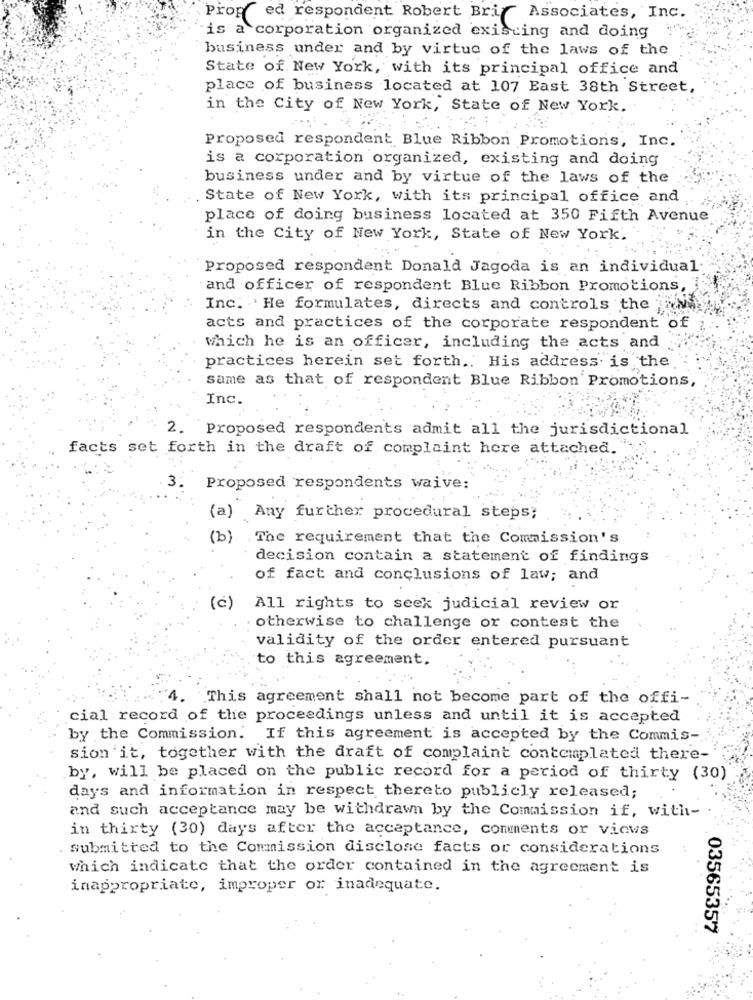
Proped respondent Robert Brig Associates, Inc.
is a corporation organized existing and doing
business under and by virtue of the laws of the
State of New York, with its principal office and
place of business located at 107 East 38th Street,
in the City of New York, State of New York.
Proposed respondent Blue Ribbon Promotions, Inc.
is a corporation organized, existing and doing
business under and by virtue of the laws of the
State of New York, with its principal office and
place of doing business located at 350 Fifth Avenue
in the City of New York, State of New York.
Proposed respondent Donald Jagoda is an individual
and officer of respondent Blue Ribbon Promotions,
Inc. He formulates, directs and controls the jawh
acts and practices of the corporate respondent of ;.
which he is an officer, including the acts and
practices herein set forth .. His address is the
same as that of respondent Blue Ribbon Promotions,
Inc.
2.
Proposed respondents admit all the jurisdictional
facts set forth in the draft of complaint here attached.
3. Proposed respondents waive:
(a) Any further procedural steps;
(b)
. The requirement that the Commission's
decision contain a statement of findings
of fact and conclusions of law; and
(c)
All rights to seek judicial review or
. otherwise to challenge or contest the
validity of the order entered pursuant
to this agreement.
This agreement shall not become part of the offi-
cial record of the proceedings unless and until it is accepted
by the Commission. If this agreement is accepted by the Commis-
sion it, together with the draft of complaint contemplated there-
by, will be placed on the public record for a period of thirty (30)
days and information in respect thereto publicly released;
and such acceptance may be withdrawn by the Commission if, with-
in thirty (30) days after the acceptance, comments or views
. Submitted to the Commission disclose facts or considerations
which indicate that the order contained in the agreement is
inappropriate, improper or inadequate.
03565357